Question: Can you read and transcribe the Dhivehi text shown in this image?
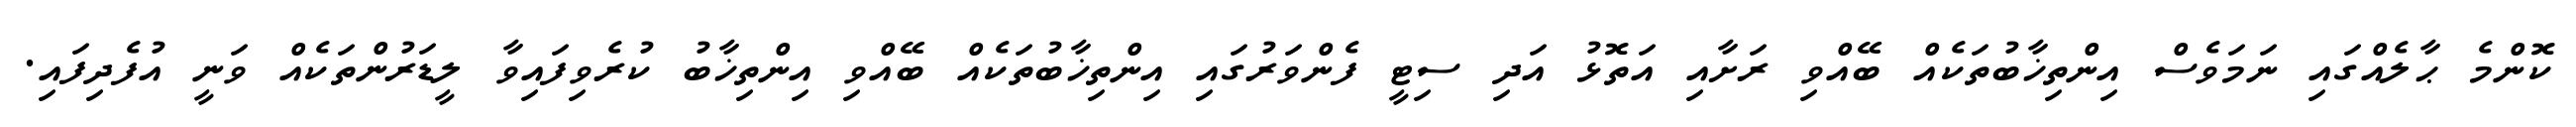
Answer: ކޮންމެ ޙާލެއްގައި ނަމަވެސް އިންތިޚާބުތަކެއް ބޭއްވި ރަށާއި އަތޮޅު އަދި ސިޓީ ފެންވަރުގައި އިންތިޚާބުތަކެއް ބޭއްވި އިންތިޚާބު ކުރެވިފައިވާ ލީޑަރުންތަކެއް ވަނީ އުފެދިފައި.